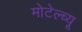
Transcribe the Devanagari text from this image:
मोटेल्च्यू